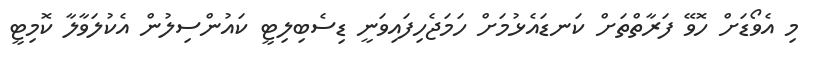
މި އެވޯޑަށް ހޮވޭ ފަރާތްތަށް ކަނޑައެޅުމަށް ހަމަޖެހިފައިވަނީ ޑިސެބިލިޓީ ކައުންސިލުން އެކުލަވާލާ ކޮމިޓީ